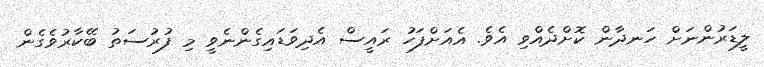
ލީޑަރުންނަށް ހަނދާން ކޮށްދެއްވި އެވެ. އެއަށްފަހު ރައީސް އެދިވަޑައިގެންނެވީ މި ފުރުސަތު ބޭކާރުވެގެން